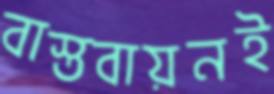
বাস্তবায়নই